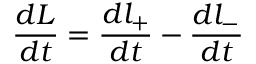
\frac { d L } { d t } = \frac { d l _ { + } } { d t } - \frac { d l _ { - } } { d t }